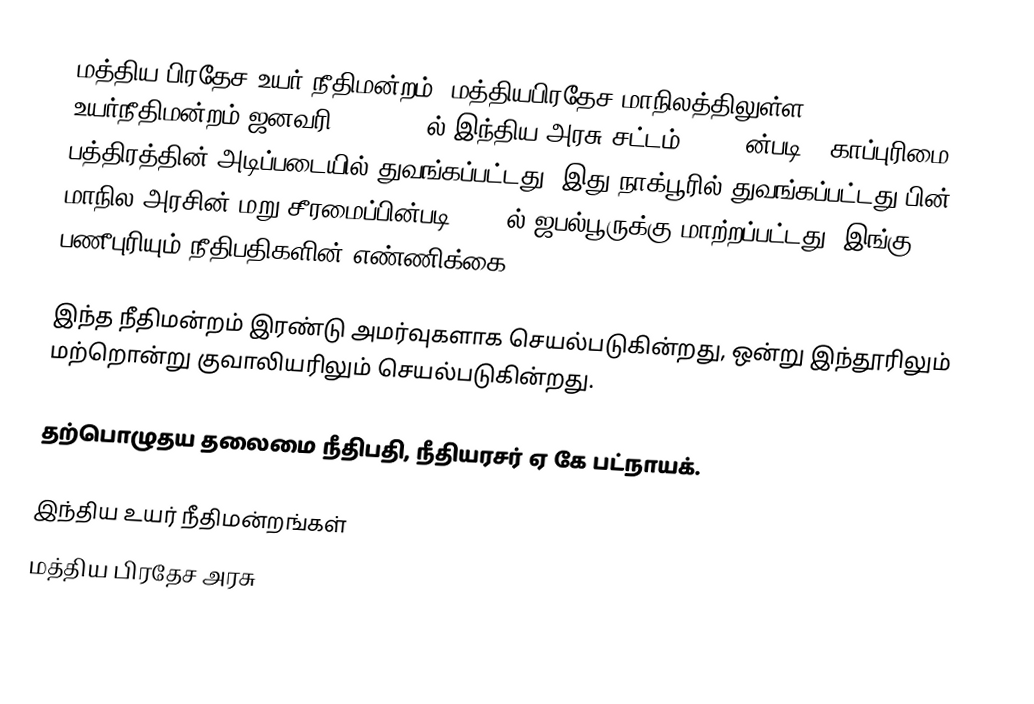
மத்திய பிரதேச உயர் நீதிமன்றம்- மத்தியபிரதேச மாநிலத்திலுள்ள உயர்நீதிமன்றம் ஜனவரி 2, 1936, ல் இந்திய அரசு சட்டம், 1935 ன்படி , காப்புரிமை பத்திரத்தின் அடிப்படையில் துவங்கப்பட்டது.  இது நாக்பூரில் துவங்கப்பட்டது பின் மாநில அரசின் மறு சீரமைப்பின்படி 1956 ல் ஜபல்பூருக்கு மாற்றப்பட்டது, இங்கு பணீபுரியும் நீதிபதிகளின் எண்ணிக்கை 42.

இந்த நீதிமன்றம் இரண்டு அமர்வுகளாக செயல்படுகின்றது, ஒன்று இந்தூரிலும் மற்றொன்று குவாலியரிலும் செயல்படுகின்றது.

தற்பொழுதய தலைமை நீதிபதி,  நீதியரசர் ஏ கே பட்நாயக்.

இந்திய உயர் நீதிமன்றங்கள்
மத்திய பிரதேச அரசு